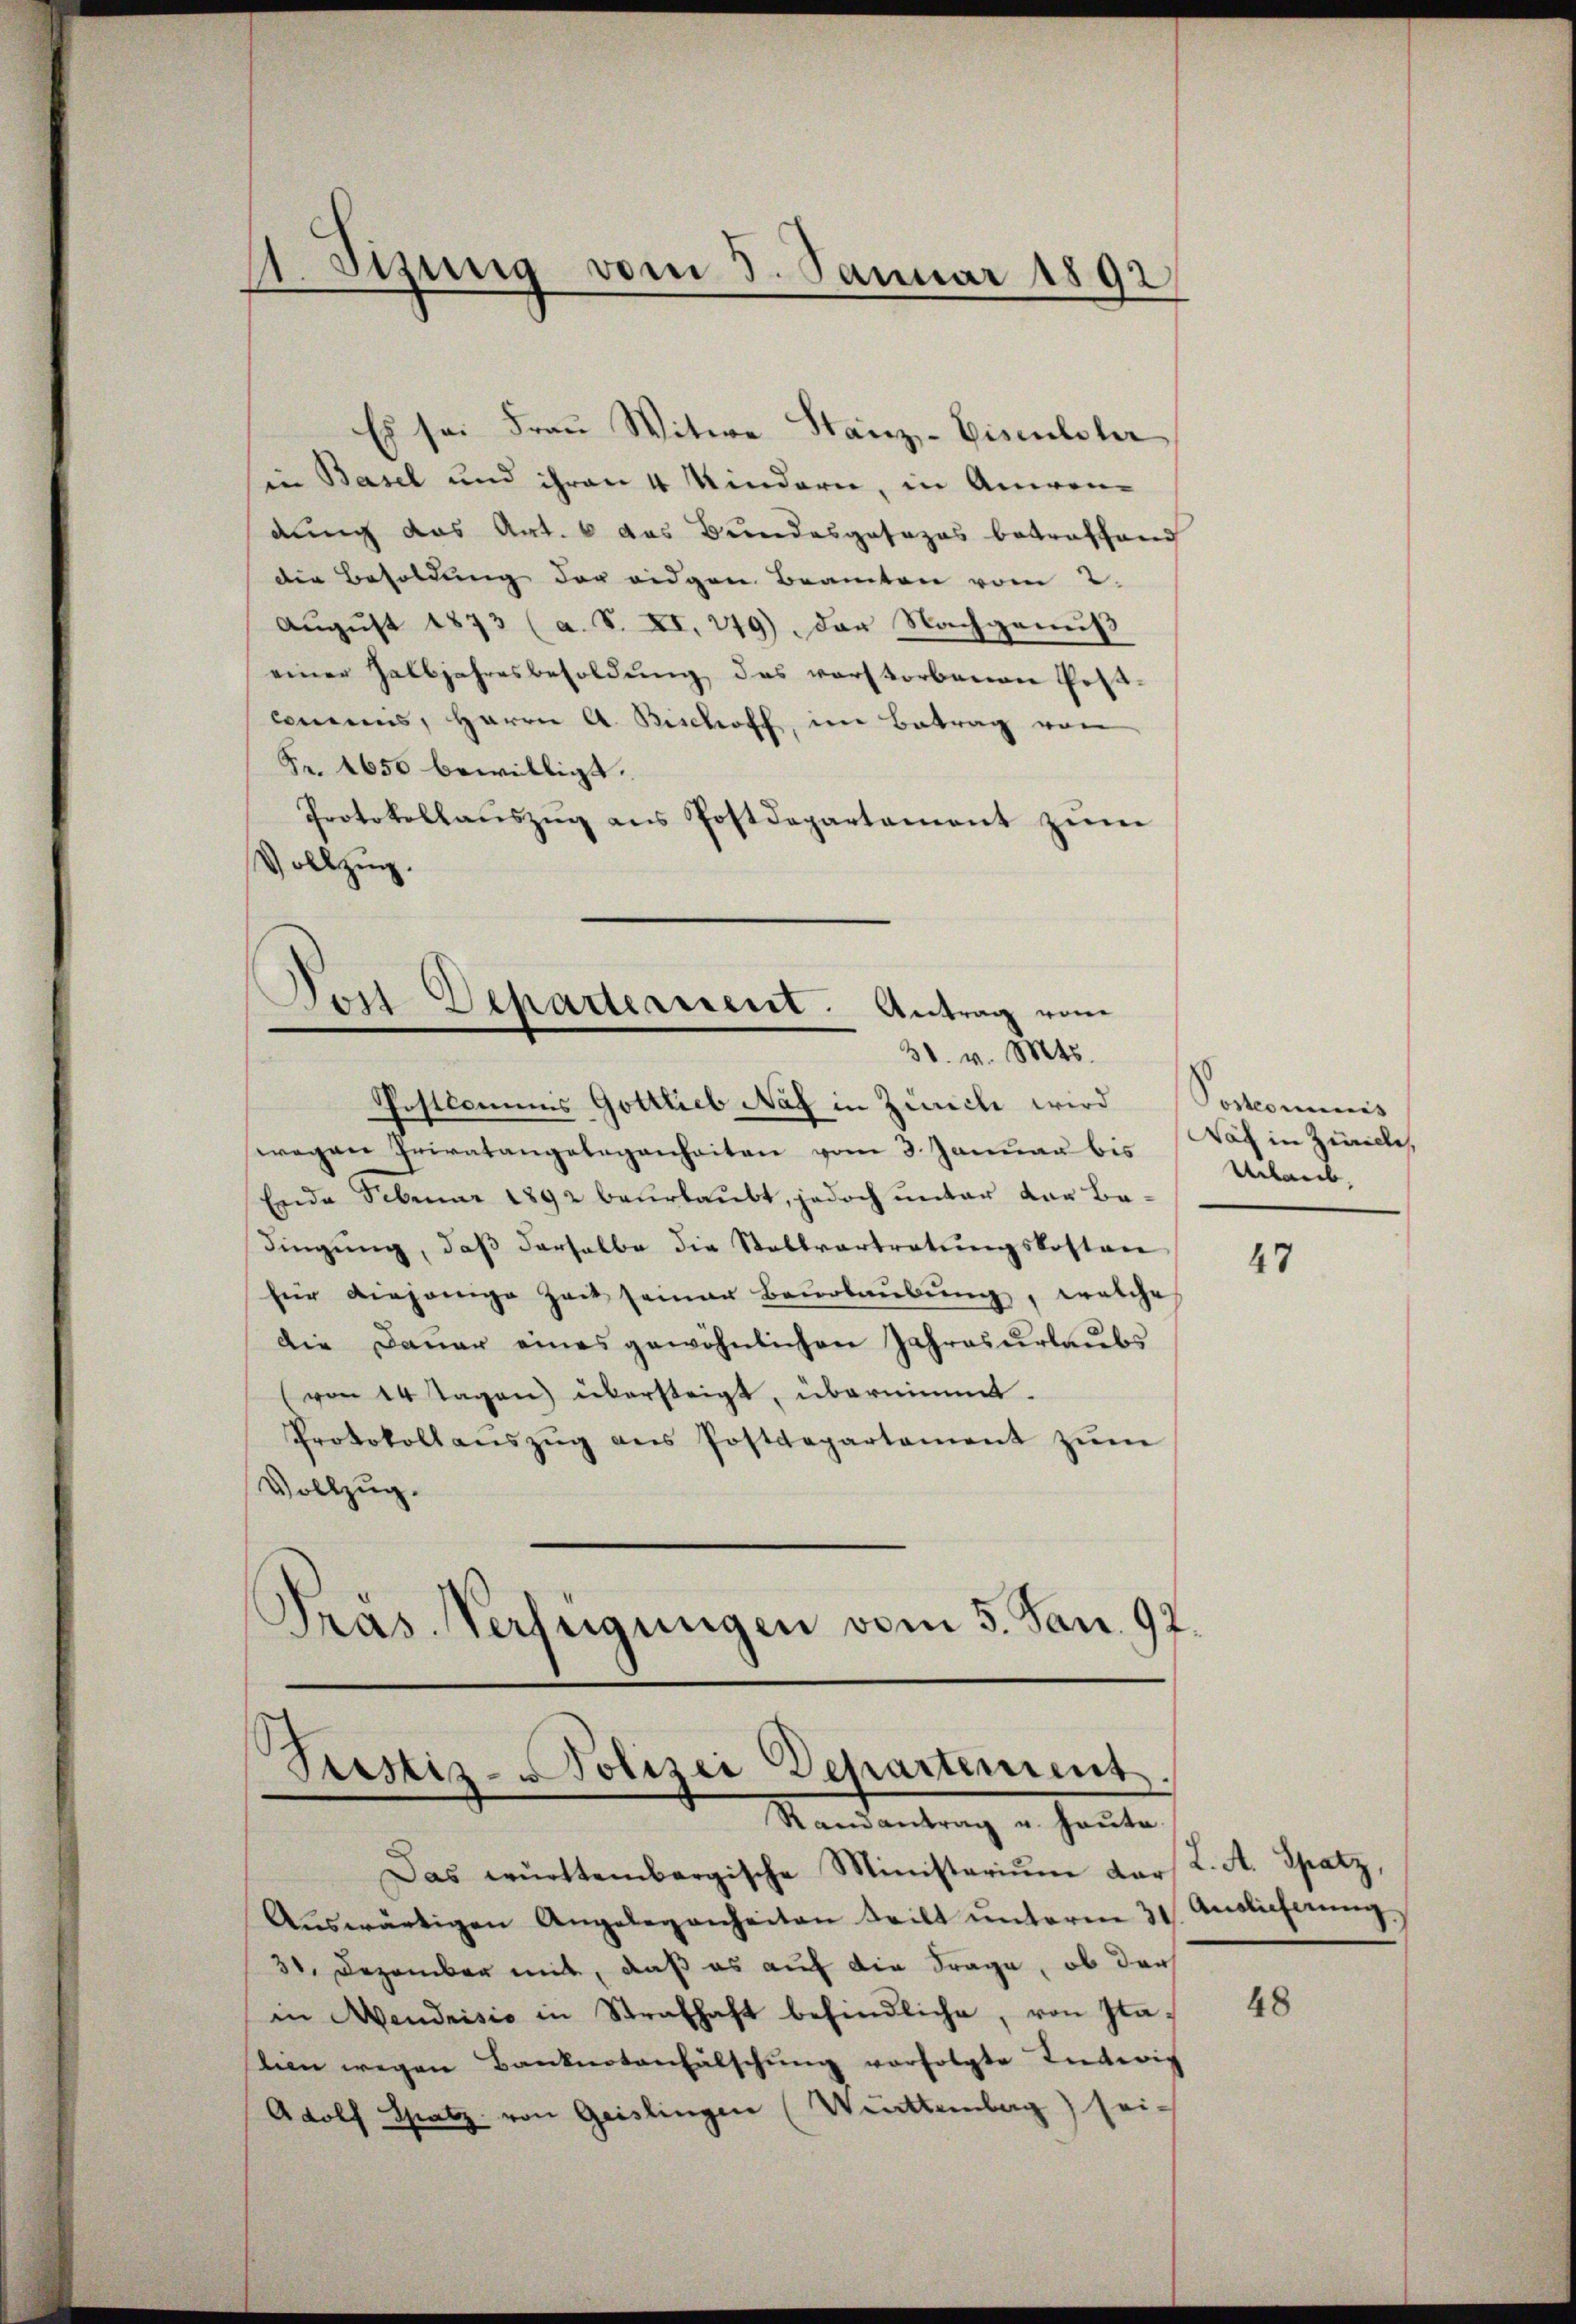
11. Jung vom 3. Januar 1892
—

Es sei Frau Witwe Stanz- Eisenlster
sen Basel und ihren 4 Kindern, in Anwendung das Art. 6 das Bundesgesezes betreffend
die Besoldung der eidgen Beamten vom 2.
August 1873 (a. S. XI, 249) Der Nachgenuß
einer Halbjahresbesoldung das vorstorbenen Postcommis, Herrn A. Rischoff, im Betrag von
Fr. 1650 bewilligt.
Protokollaŭszŭg ans Postdepartament zŭm
Vollzug.

Don-Departement. Antrag vom
31. v. Mts.

Pieslis-Polizei Departement
Randantrag u. heute.

Postkammes Gottlieb Naz in Zürich wird (Postcommis
wegen Privatangelegenheiten vom 3. Januau bis
Ende Februar 1892 beurlaubt, jedoch unter der Bedingung, daß derselbe die Stellvertretŭngskosten
für diejenige Zeit seiner Beurlaubung, welche
die Dauer eines gewöhnlichen Jahresurlaubs
von 14 Tagen übersteigt, übernimmt.
Protokollanszŭg ans Postdepartament zŭm
Vollzug.
Pras. Verfügungen vom 5. Jan. 92.

Das württembergische Ministerium dar
Aŭswärtigen Angelegenheiten teilt ŭnterm 31
30. Dezember mit, daß es auf die Frage, ob der
in Mendrisis in Strafhaft befindliche, von Sta-
lien wegen Banknotenfälschŭng verfolgte Entwic
Adolf Gratz von Geislingen (Werttemberg) sei-

Nach in Züricle,
Urlaub.

47

L. A. Spatz,
Auslieferung.

48